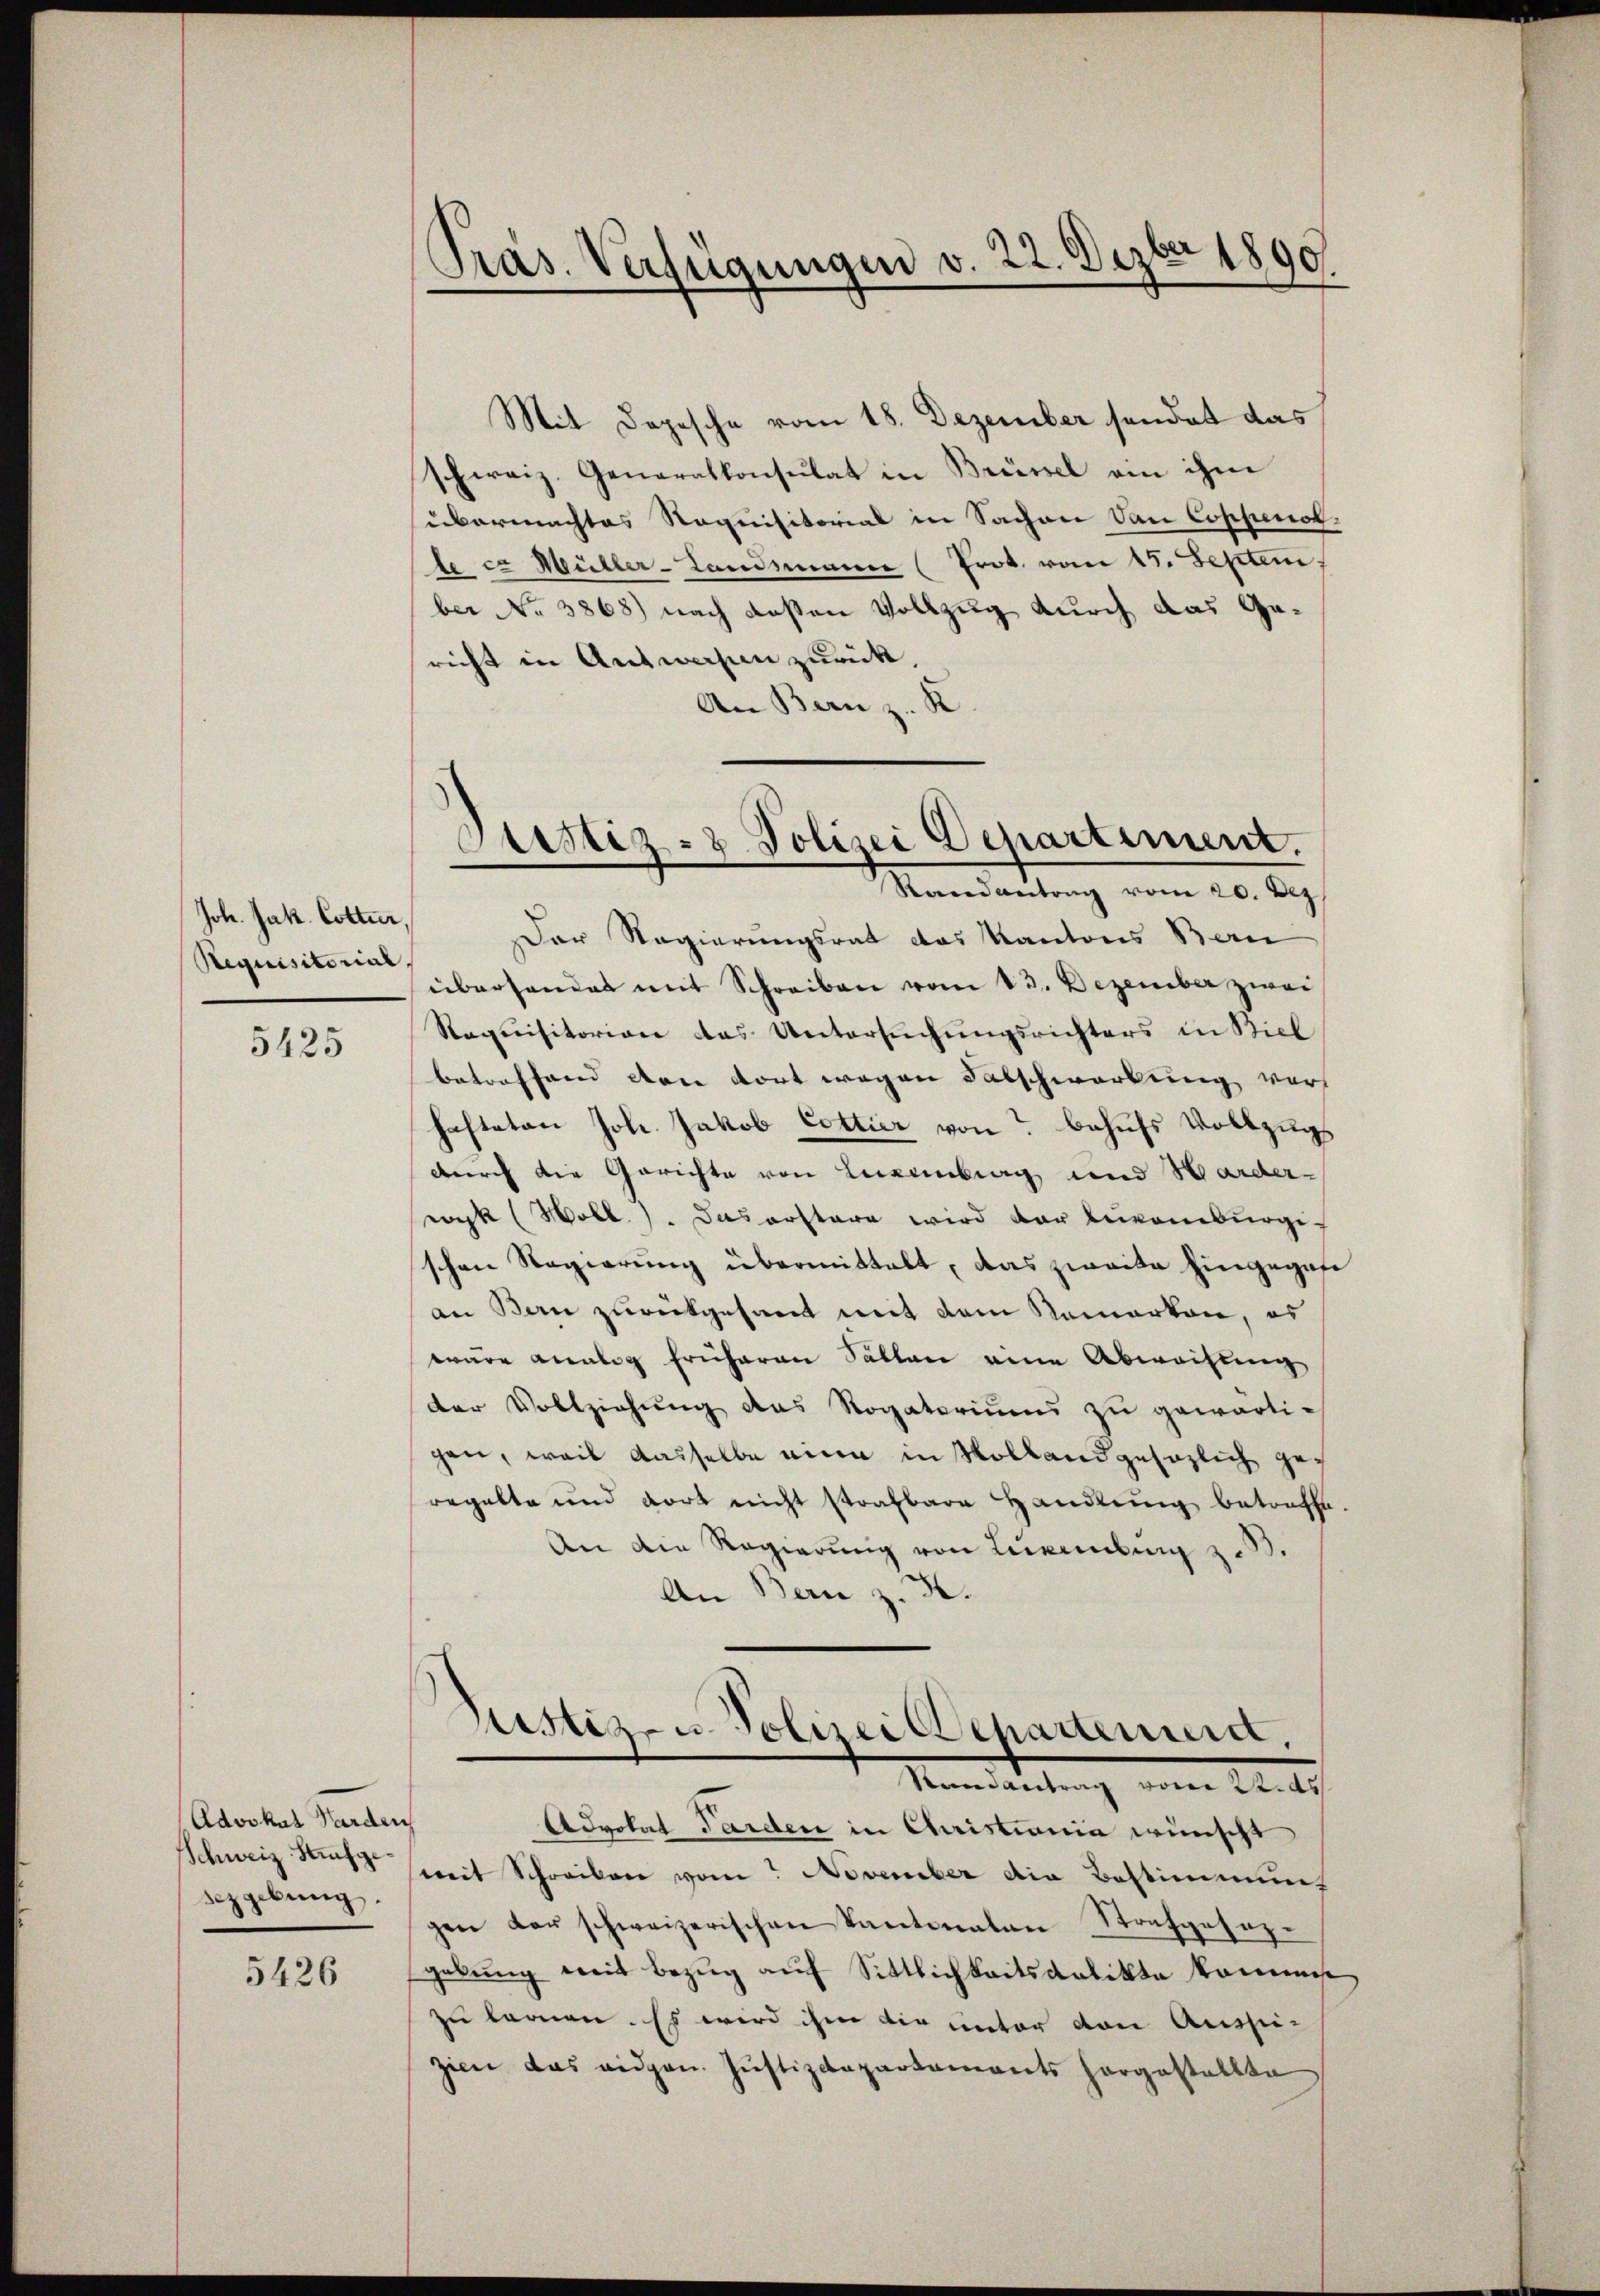
Joh. Jak. Cotter,
Requisitorial,

5425

Advokat Harden
Schweiz Strafgesezgebung.

5426

Pras. Verfügungen v. 22. Dezbr 1890

Mit Depesche vom 18. Dezember sendet das
schweiz. Generalkonsulat in Brüssel am ihm
übermachtes Requisitorial in Sachen von Coppenot.
le ca Müller-Landsmann (Prot. vom 15. Septem
ber No 3868) nach deßen Vollzug durch das Gericht in Antworfen zurück.
An Bern z. K
Der Regierungsrat das Kantons Bern
überhandet mit Schreiben vom 13. Dezember zwei
Saquisitorion das Untersuchungsrichters in Biel
betreffend den dort wegen Falschwartung vorh
hafteten Joh. Jakob Cottier von behufs Vollzugs
durch die Gerichte von Luxenberg und Harder-
wyk (Moll. Das erstere wird der Levomburgischon Regierung übermittelt, das zweite hingegan
an Bern zurückgesamt mit dem Nemerken, es
wäre analog früheren Sallen eine Abweisung
der Vollziehung das Rogatoriums zu gewärtigen, weil dasselbe eine in Vollandgesezlich geregalte und dort nicht strafbare Handlung betreffe.
An die Regierung von Lurenberg z. B.
An Bern z. B.
Justiz- u. Polizei Departemen,

Justiz- & Polizei Departiment.
Randantrag vom 20. Dez.

Reine Antrag vom 22. ds

Advokat Parden in Christiania wünscht
weit Schreiben vom November die Bestimmung
gen der schweizerischen Kantonalen Strafgesezgebŭng mit Bezug auf Sittlichkeitskalikte kommen
zu lernen. Es wird ihm die unter von Aussi-
zien das eidgen. Jŭstizdepartaments hergestellte